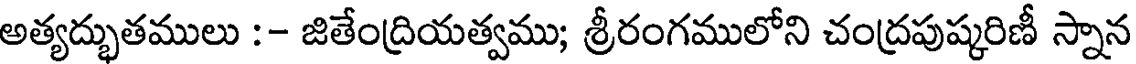
అత్యద్భుతములు :- జితేంద్రియత్వము; శ్రీరంగములోని చంద్రపుష్కరిణీ స్నాన